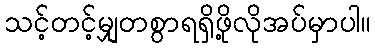
သင့်တင့်မျှတစွာရရှိဖို့လိုအပ်မှာပါ။